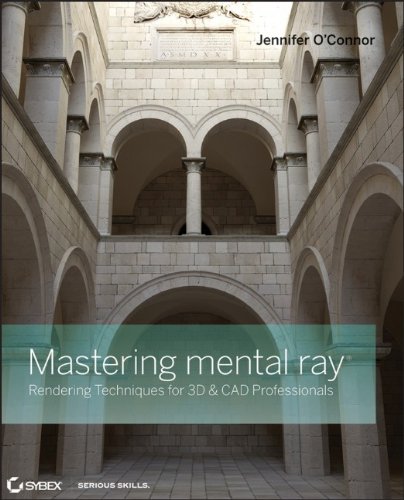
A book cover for Mastering mental ray: Rendering Techniques for 3D and CAD Professionals; Jennifer O'Connor; Computers & Technology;